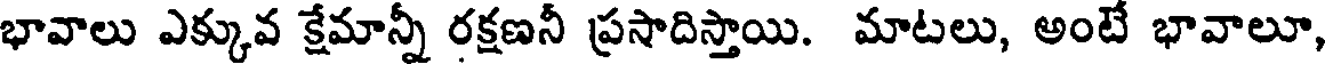
భావాలు ఎక్కువ క్షేమాన్నీ రక్షణనీ ప్రసాదిస్తాయి. మాటలు, అంటే భావాలూ,